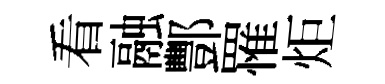
看融酆罹炬